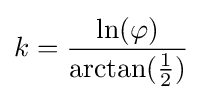
k={\frac {\ln(\varphi )}{\arctan({\tfrac {1}{2}})}}